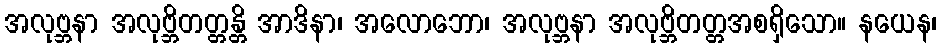
အလုဗ္ဘနာ အလုဗ္ဘိတတ္တန္တိ အာဒိနာ၊ အလောဘော၊ အလုဗ္ဘနာ အလုဗ္ဘိတတ္တအစရှိသော။ နယေန၊